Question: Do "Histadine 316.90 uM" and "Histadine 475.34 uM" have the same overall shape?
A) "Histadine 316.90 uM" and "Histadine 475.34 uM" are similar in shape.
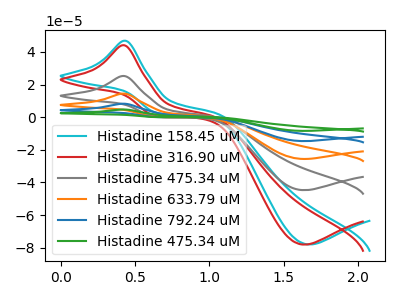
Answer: <think>The cyan curve "Histadine 158.45 uM" has an anodic peak at (0.45V, 46.90uA) and a cathodic peak at (1.65V, -78.00uA). The red curve "Histadine 316.90 uM" has an anodic peak at (0.45V, 44.15uA) and a cathodic peak at (1.65V, -78.10uA). The gray curve "Histadine 475.34 uM" has an anodic peak at (0.45V, 25.25uA) and a cathodic peak at (1.65V, -44.70uA). The orange curve "Histadine 633.79 uM" has an anodic peak at (0.45V, 50.55uA) and a cathodic peak at (1.65V, -89.45uA). The blue curve "Histadine 792.24 uM" has an anodic peak at (0.45V, 75.80uA) and a cathodic peak at (1.65V, -134.15uA). The green curve "Histadine 475.34 uM" has an anodic peak at (0.45V, 101.10uA) and a cathodic peak at (1.65V, -178.90uA).
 All the peaks in "Histadine 316.90 uM" have a peak in "Histadine 475.34 uM" at the same potential. Every peak in "Histadine 316.90 uM" is higher than every peak in "Histadine 475.34 uM".</think>
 <answer>A) "Histadine 316.90 uM" and "Histadine 475.34 uM" are similar in shape.</answer>
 <eval>A</eval>